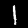
Digit: 1